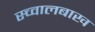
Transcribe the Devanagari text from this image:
स्च्वालबाख